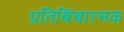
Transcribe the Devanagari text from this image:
प्रतिबिंबात्मक